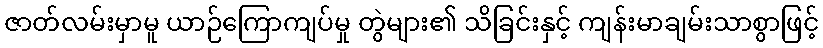
ဇာတ်လမ်းမှာမူ ယာဉ်ကြောကျပ်မှု တွဲများ၏ သိခြင်းနှင့် ကျန်းမာချမ်းသာစွာဖြင့်